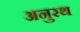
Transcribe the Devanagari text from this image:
अनुरथ